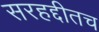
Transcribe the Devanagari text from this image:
सरहद्दीतच